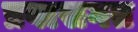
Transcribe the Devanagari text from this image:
प्रवासगत